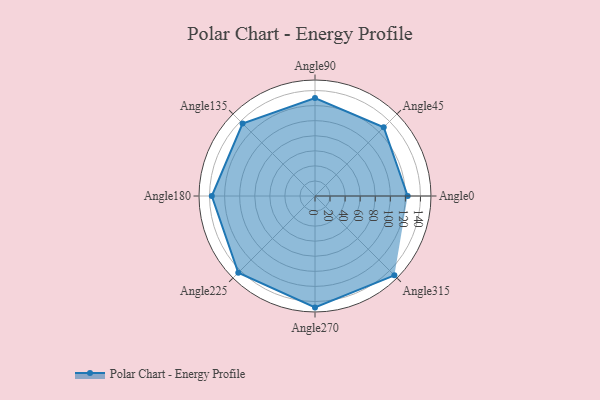
{"axis": {"x": "Angle", "y": "Radius"}, "legend": [""], "data": [{"x": "Angle0", "y": 123.0, "type": ""}, {"x": "Angle45", "y": 129.0, "type": ""}, {"x": "Angle90", "y": 130.0, "type": ""}, {"x": "Angle135", "y": 136.0, "type": ""}, {"x": "Angle180", "y": 137.0, "type": ""}, {"x": "Angle225", "y": 144.0, "type": ""}, {"x": "Angle270", "y": 148.0, "type": ""}, {"x": "Angle315", "y": 149.0, "type": ""}]}